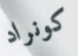
كونراد